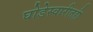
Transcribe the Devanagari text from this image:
घोडेस्वारीतही